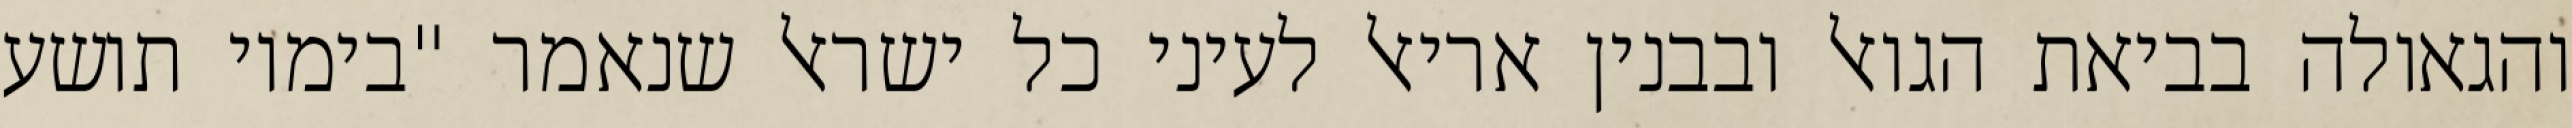
והגאולה בביאת הגואל ובבנין אריאל לעיני כל ישראל שנאמר "בימיו תושע